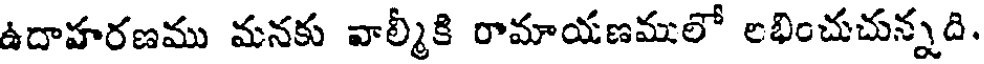
ఉదాహరణము మనకు వాల్మీకి రామాయణములో లభించుచున్నది.